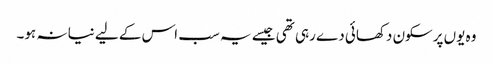
وہ یوں پرسکون دکھائی دے رہی تھی جیسے یہ سب اس کے لیے نیا نہ ہو۔